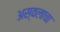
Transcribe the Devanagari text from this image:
अस्वलाचा